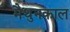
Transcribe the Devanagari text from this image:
मैथुनकाल